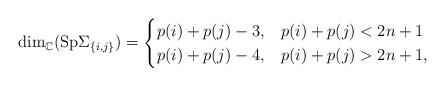
LaTeX: \begin{align*} \dim_{\mathbb{C}}({\rm Sp}\Sigma_{\{i,j\}})=\begin{cases} p(i)+p(j)-3,&p(i)+p(j)<2n+1\\ p(i)+p(j)-4,&p(i)+p(j)>2n+1, \end{cases} \end{align*}